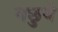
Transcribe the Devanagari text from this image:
मछुये